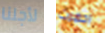
لأجلنا احضرت